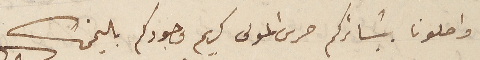
واصلونا ببشائركم حرس المولى كريم وجودكم باليمن